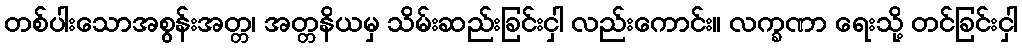
တစ်ပါးသောအစွန်းအတ္တ၊ အတ္တနိယမှ သိမ်းဆည်းခြင်းငှါ လည်းကောင်း။ လက္ခဏာ ရေးသို့ တင်ခြင်းငှါ